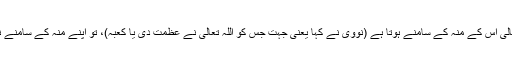
آپﷺ نے فرمایا کہ جب کوئی تم میں سے نماز میں کھڑا ہو تو اللہ تبارک و تعالیٰ اس کے منہ کے سامنے ہوتا ہے (نووی نے کہا یعنی جہت جس کو اللہ تعالیٰ نے عظمت دی یا کعبہ)، تو اپنے منہ کے سامنے نہ تھوکے اور نہ داہنی طرف بلکہ بائیں طرف بائیں پاؤں کے نیچے (تھوکے )۔